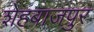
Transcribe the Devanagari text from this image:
शेहबाजपुर